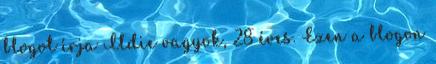
blogot írja Ildie vagyok, 28 éves. Ezen a blogon